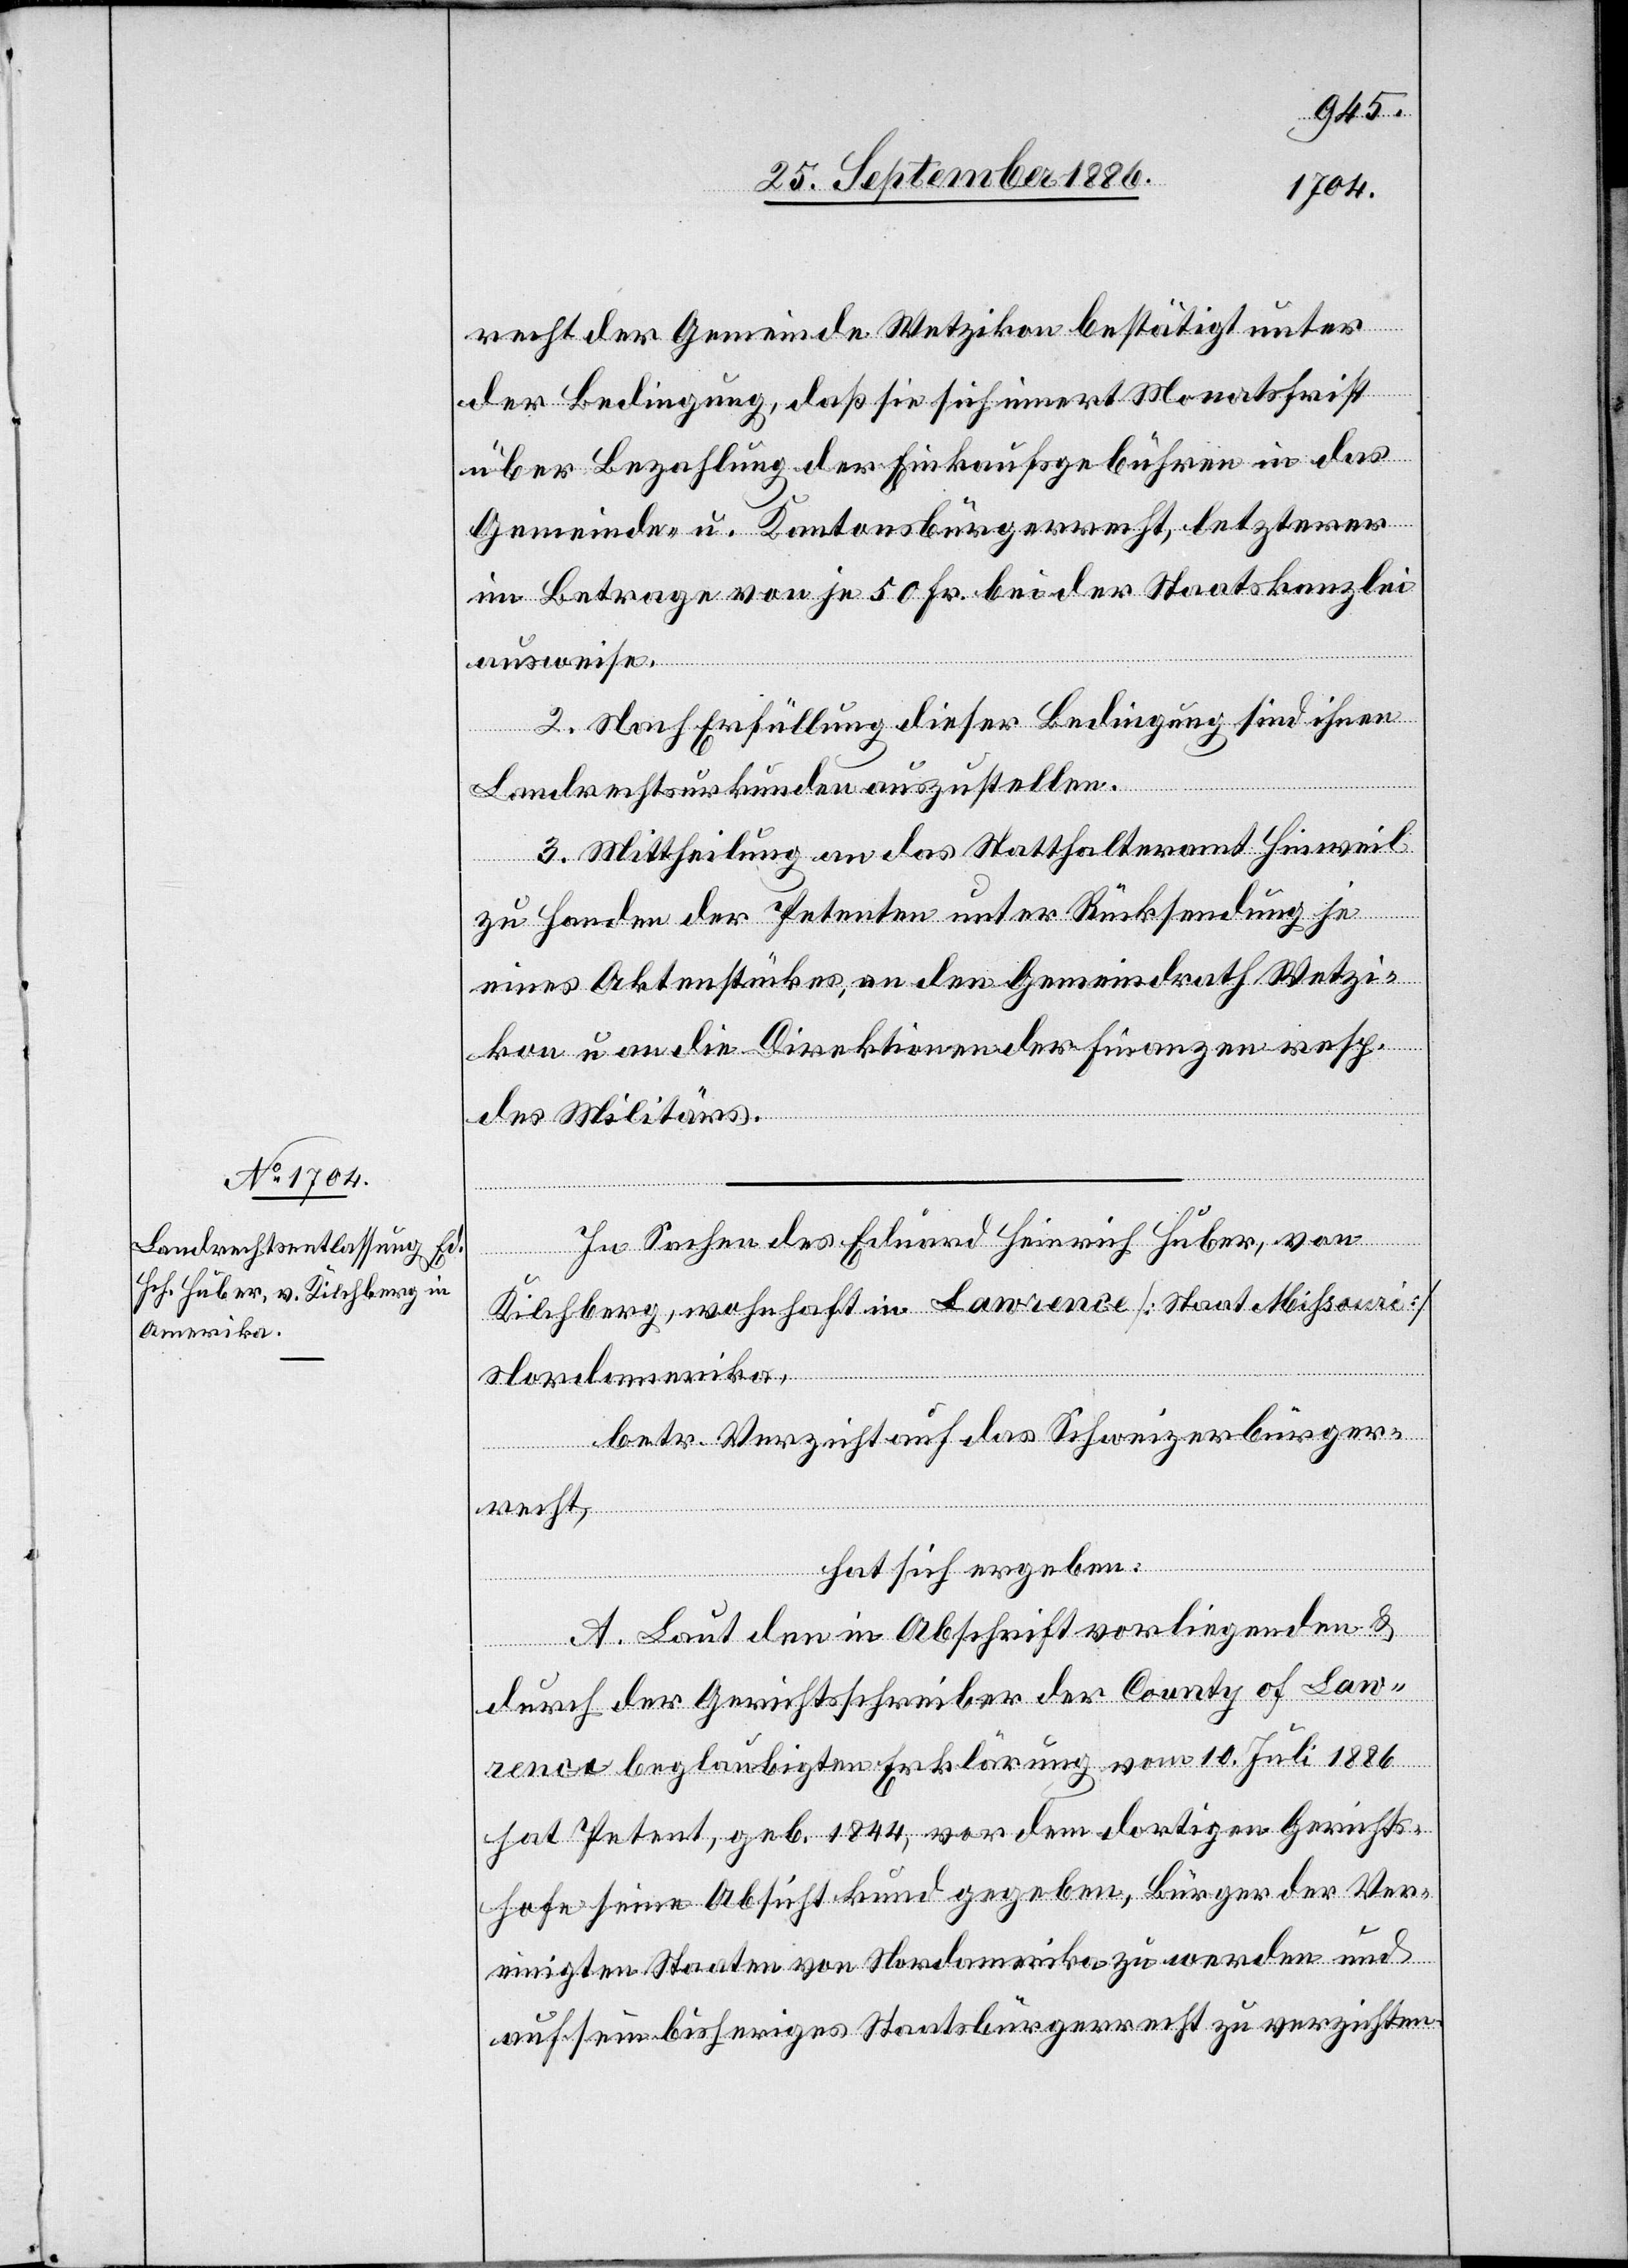
recht der Gemeinde Wetzikon bestätigt unter
der Bedingung, daß sie sich innert Monatsfrist
über Bezahlung der Einkaufsgebühren in das
Gemeinde- u. Kantonsbürgerrecht, letzterer
im Betrage von je 50 Fr. bei der Staatskanzlei
Lawr¬
ausweise[n].
2. Nach Erfüllung dieser Bedingung sind ihnen
of
County
Landrechtsurkunden auszustellen.
3. Mittheilung an das Statthalteramt Hinweil
zu Handen der Petenten unter Rücksendung je
eines Aktenstückes, an den Gemeindrath Wetzi¬
kon u. an die Direktionen der Finanzen resp.
des Militärs.
In Sachen des Eduard Heinrich Huber, von
Kilchberg, wohnhaft in Lawrence [Staat Missouri]
Nordamerika,
betr. Verzicht auf das Schweizerbürger¬
Gerichtss¬
hat sich ergeben:
ence beglaubigten Erklärung vom 10. Juli 1886
hat Petent, geb. 1844, vor dem dortigen Gerichts¬
hofe seine Absicht kund gegeben, Bürger der Ver¬
einigten Staaten von Nordamerika zu werden und
auf sein bisheriges Staatsbürgerrecht zu verzichten.